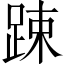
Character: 踈